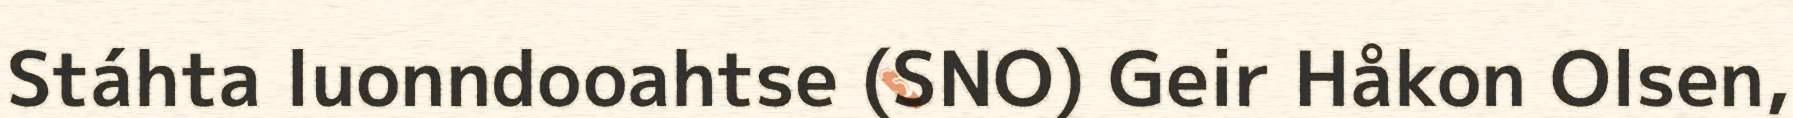
Stáhta luonndooahtse (SNO) Geir Håkon Olsen,